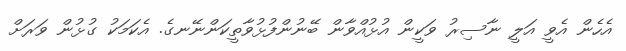
އެހެން އެވީ އަލީ ނާސިރު ވަކީން އުޅުއްވާން ބޭނުންފުޅުވާތީކަންނޭނގެ. އެކަމަކު ގުޅުން ވަރަށް